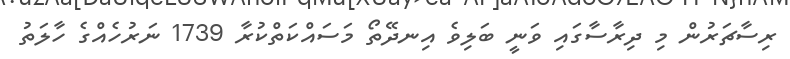
ރިސާޗަރުން މި ދިރާސާގައި ވަނީ ބަލިވެ އިނދޭތޯ މަސައްކަތްކުރާ 1739 ނަރުހެއްގެ ހާލަތު